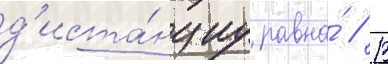
д'иста́нциу равна́ // В